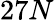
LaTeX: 27N